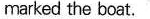
marked the boat.